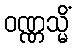
ဝဏ္ဏသ္မိံ